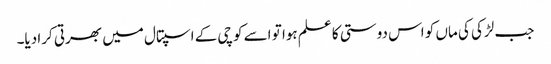
جب لڑکی کی ماں کو اس دوستی کا علم ہوا تو اسے کوچی کے اسپتال میں بھرتی کرا دیا۔